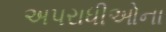
અપરાધીઓના